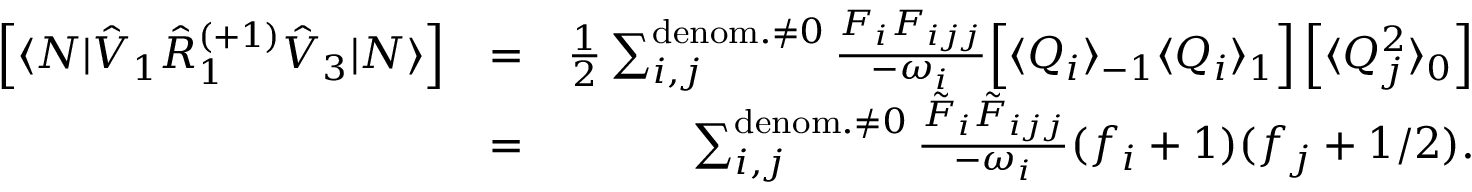
\begin{array} { r l r } { \left[ \langle N | \hat { V } _ { 1 } \hat { R } _ { 1 } ^ { ( + 1 ) } \hat { V } _ { 3 } | N \rangle \right] } & { = } & { \frac { 1 } { 2 } \sum _ { i , j } ^ { \mathrm { d e n o m . } \neq 0 } \frac { F _ { i } F _ { i j j } } { - \omega _ { i } } \Big [ \langle Q _ { i } \rangle _ { - 1 } \langle Q _ { i } \rangle _ { 1 } \Big ] \left[ \langle Q _ { j } ^ { 2 } \rangle _ { 0 } \right] } \\ & { = } & { \sum _ { i , j } ^ { \mathrm { d e n o m . } \neq 0 } \frac { \tilde { F } _ { i } \tilde { F } _ { i j j } } { - \omega _ { i } } ( f _ { i } + 1 ) ( f _ { j } + 1 / 2 ) . } \end{array}